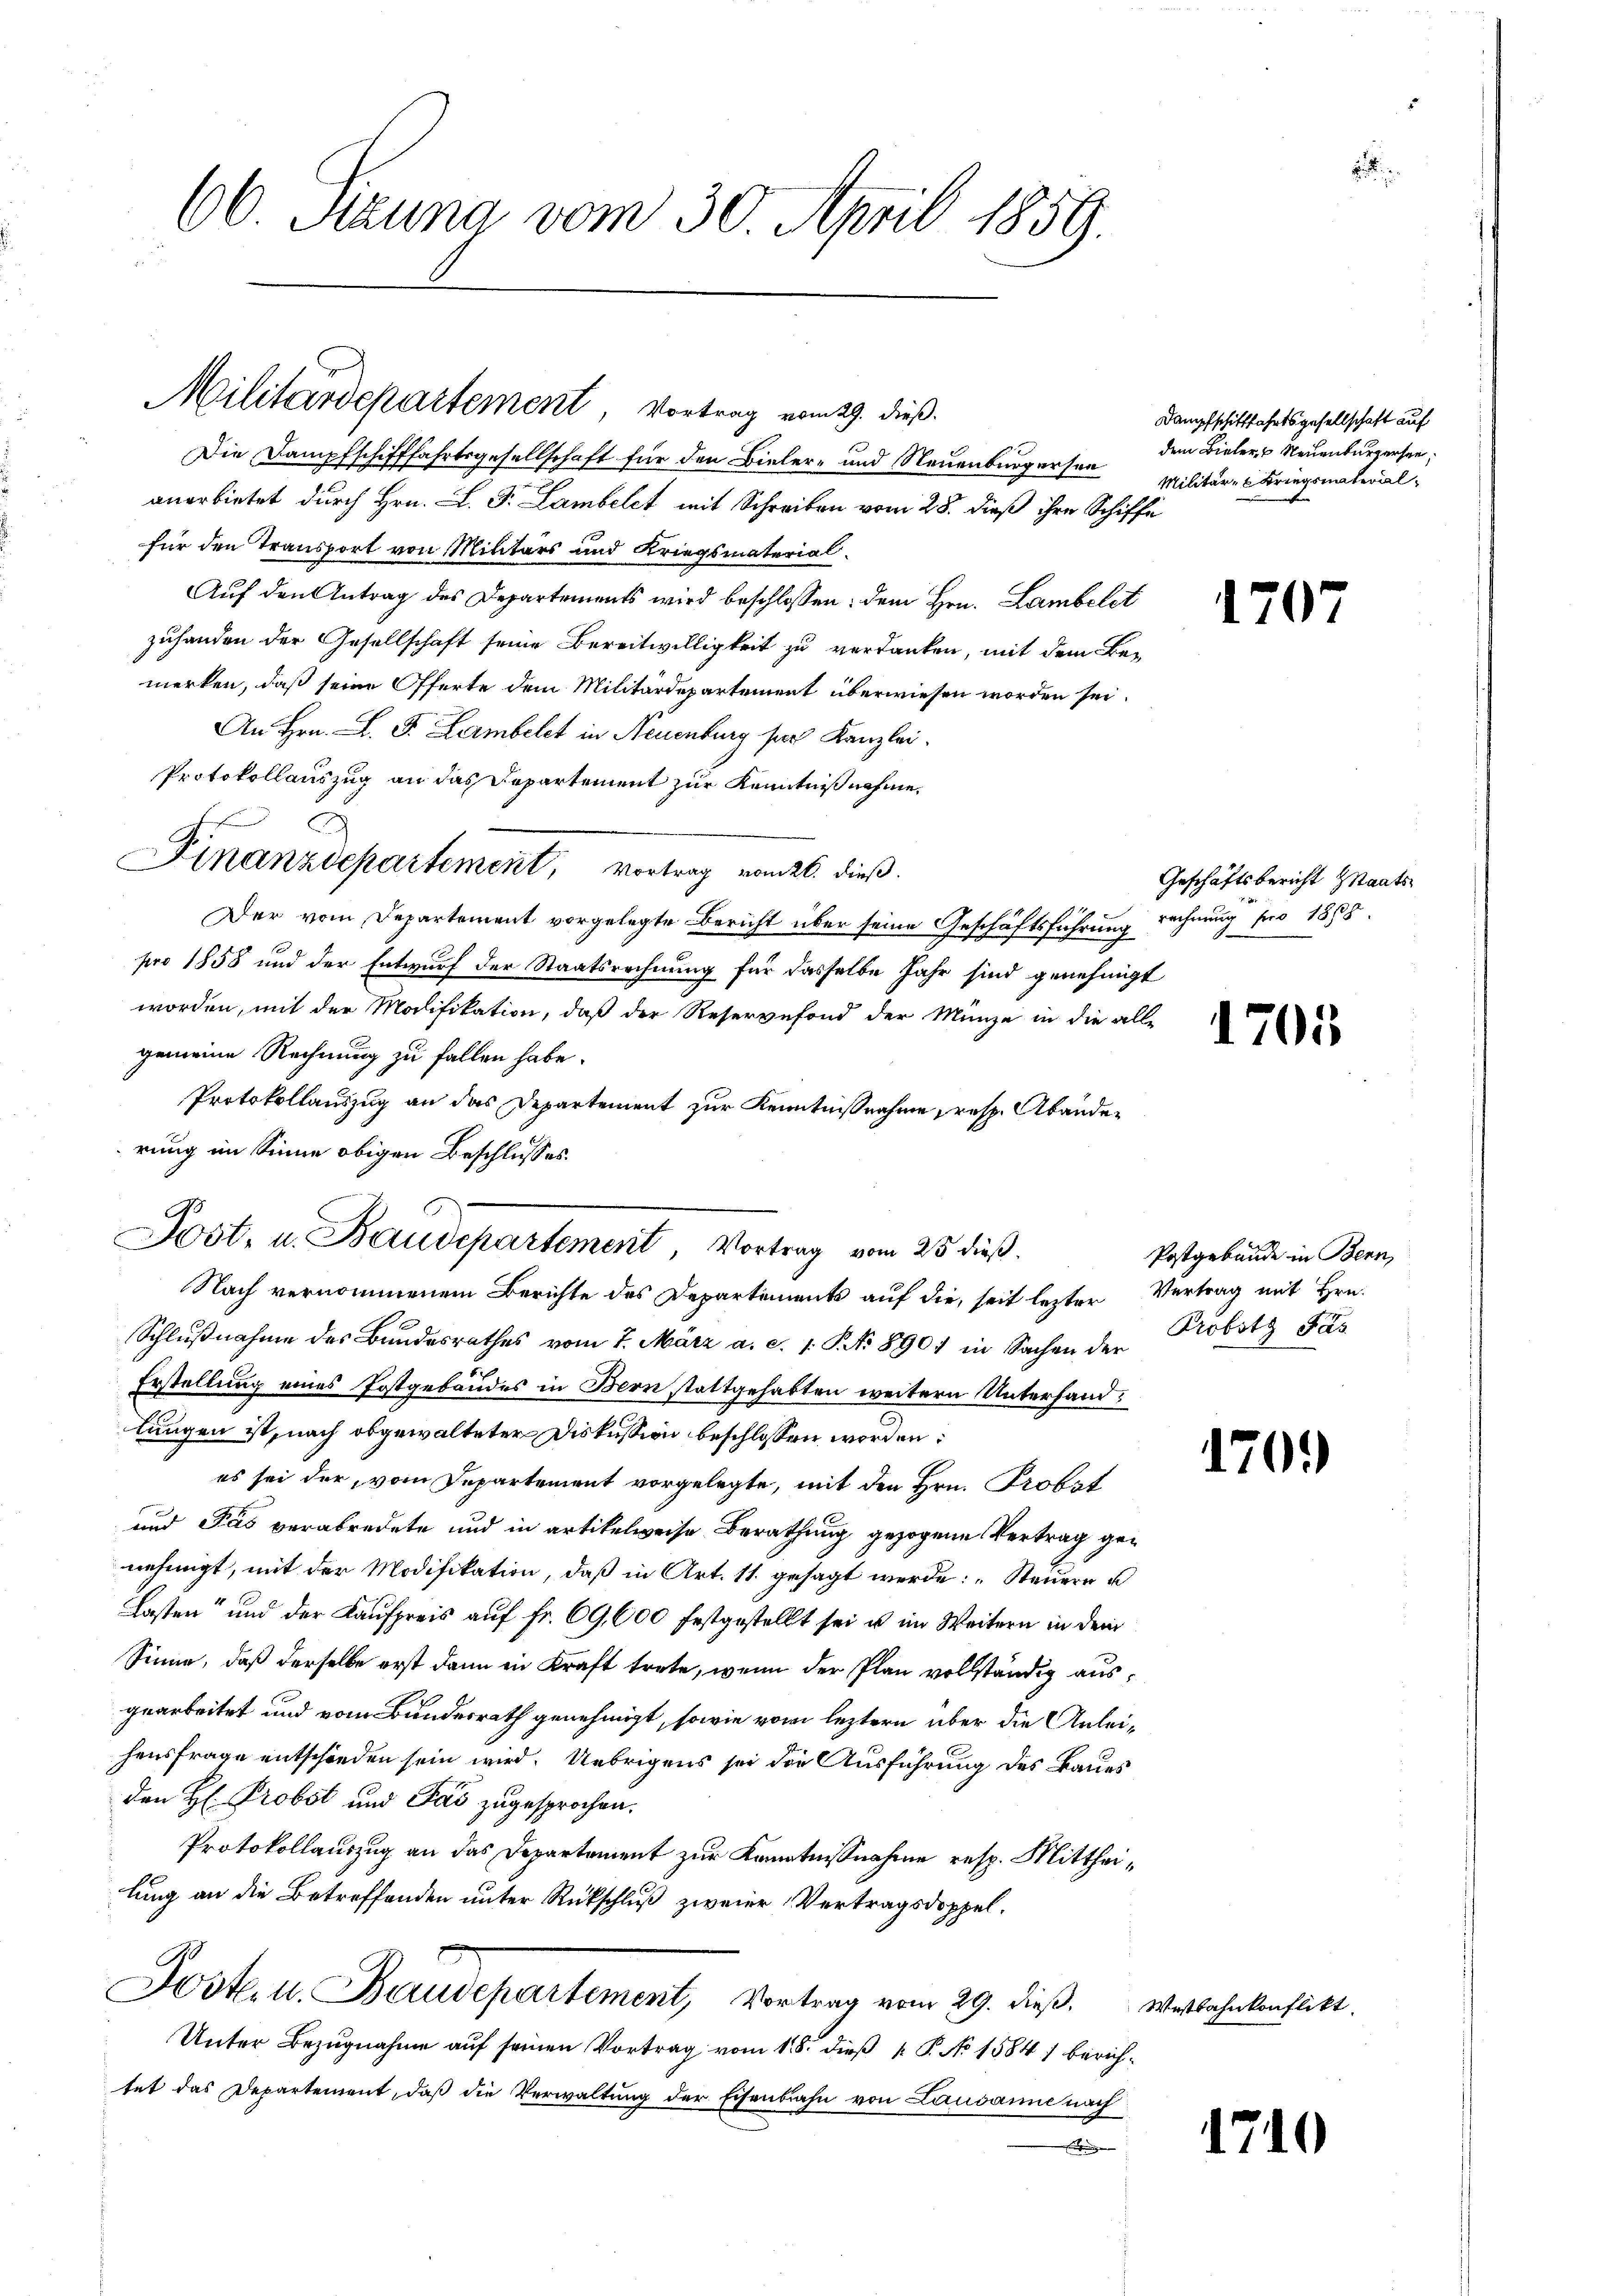
60. Struna vom 30. April 1859.

Militärdepartement, Vortrag vom 29. dieß.

.
G.

A
Jost, u. Baudepartement, Vortrag vom 25 dieß.

Die Dampfschifffahrtsgesellschaft für den Bieler- und Neuenburgersen
anerbietet durch Hrn. L. J. Lambelct mit Schreiben vom 28. dieß ihre Schiffe
für den Transport von Militärs und Kriegsmaterial
Auf den Antrag des Departements wird beschlossen: dem Hrn. Lambelst
zuhanden der Gesellschaft seine Bereitwilligkeit zu verdanken, mit dem Bemerken, daß seine Offerte dem Militärdepartement überwiesen worden sei.
An Hrn. L. F. Lambelst in Neuenburg ser Kanzlei.
Protokollauszug an das Repartement zur Kenntniß nehme.
Hnanzdepartement, Vortrag vom 26. dieß.
Der vom Departement vorgelegte Bericht über seine Geschäftsführung rechnung pro 1888.
pro 1858 und der Entwurf der Staatsrechnung für dasselbe Jahr sind genehmigt
worden, mit der Modifikation, daß der Reservefond der Münze in die alle
gemeine Rechnung zu fallen habe.
Protokollauszug an das Departement zur Kenntnißnahme, resp. Abänderung im Sinne obigen Beschlusses.
Nach vernommenem Berichte des Departements auf die, seit lezter Vertrag mit Hrn.
Schlußnahme des Bundesrathes vom 7. März a. c. 1. P. Nr. 890 in Sachen der Probstz Pas
Erstellung eines Postgebäudes in Bern stattgehabten weitern Unterhandlungen ist, nach obgewalteter Diskussion beschlossen worden:
es sei der, vom Departement vorgelegte, mit den Hrn. Probst
und Fas verabredete und in artikelweise Berathung gezogene Vertrag genehmigt, mit der Modifikation, daß in Art. 11. gesagt werde: „Steuern u
Lasten“ und der Kaufpreis auf Fr. 69,600 festgestellt sei u. im Weitern in dem
Sinne, daß derselbe erst dann in Kraft trete, wenn der Plan vollständig ausgearbeitet und vom Bundesrath genehmigt, sowie vom leztern über die Anleihensfrage entschieden sein wird. Uebrigens sei die Ausführung des Baues
den H. Probst und Fas zugesprochen.
Protokollauszug an das Departement zur Kenntnisnahme resp. Mittheilung an die Betreffenden unter Rückschluß zweier Vertragsdoppel¬
1
Jostill. Baudepartement, Vortrag vom 29. dieß. Westbahnkonflikt
Unter Bezugnahme auf seinen Vortrag vom 18. dieß P. No 1584) berichtet das Departement, daß die Verwaltung der Eisenbahn von Lausanne nach
Eignungen

Dampfschifffahrtsgesellschaft auf
dem Bieler, Neuenburgersee,
Militär-Kriegsmateral¬

1707

Geschäftsbericht Staats¬

1701

Postgebäude in Bern,

1701

171

1